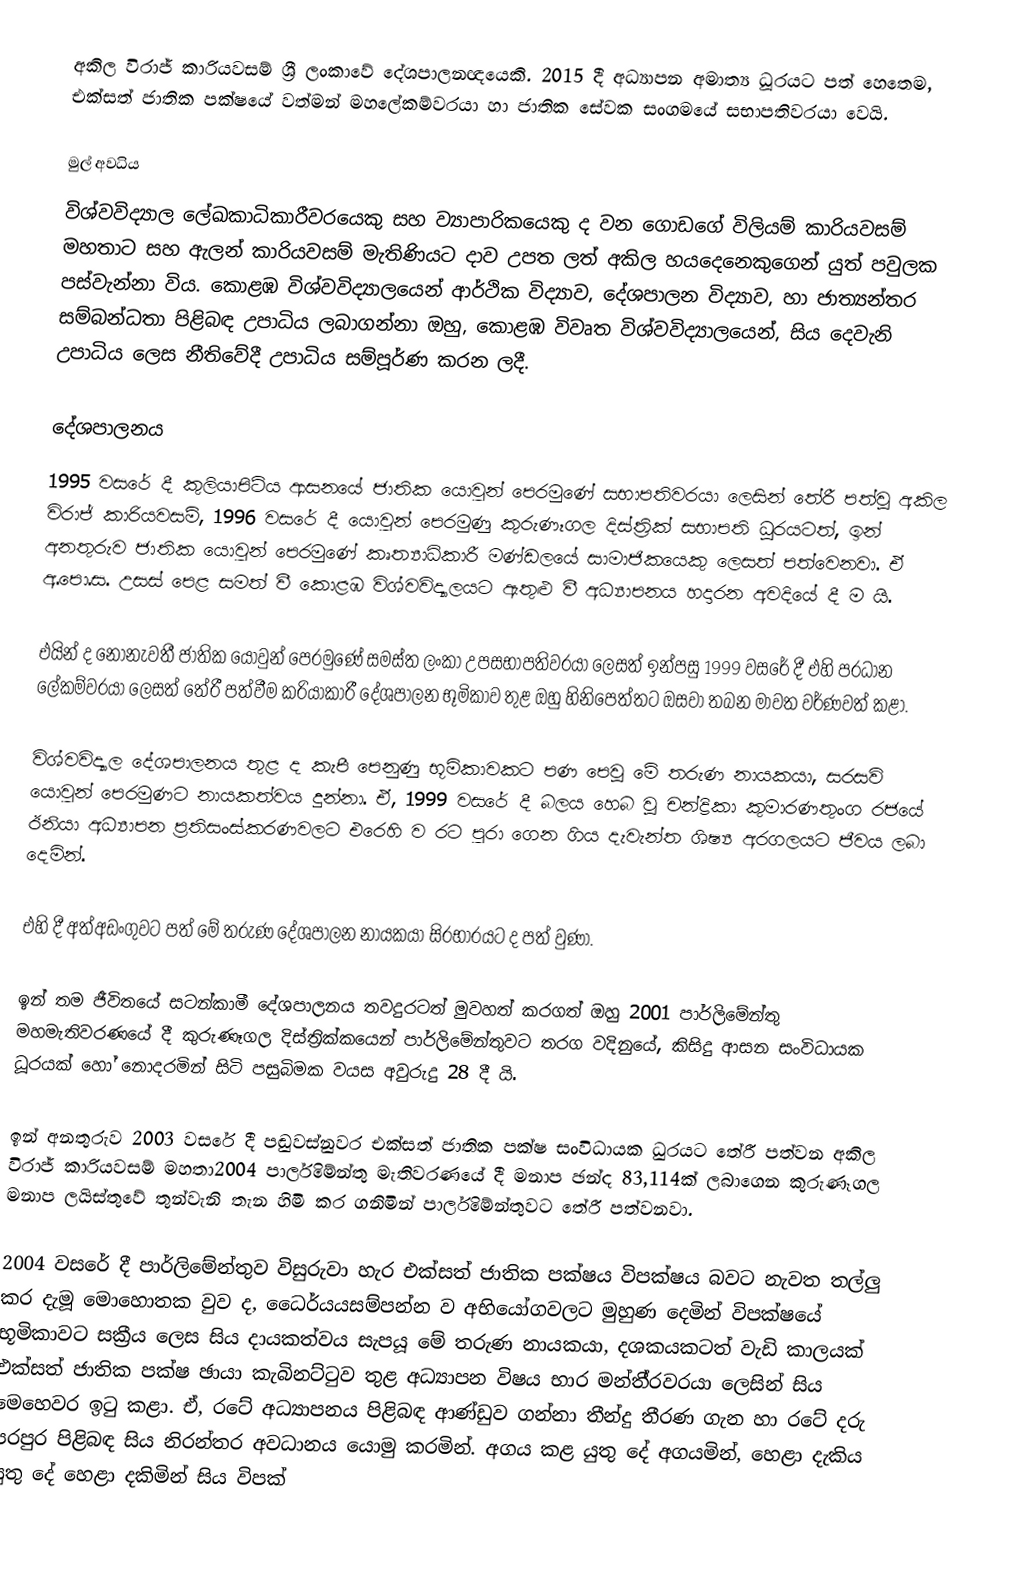
අකිල විරාජ් කාරියවසම් ශ්‍රී ලංකාවේ දේශපාලනඥයෙකි. 2015 දී අධ්‍යාපන අමාත්‍ය ධූරයට පත් හෙතෙම, එක්සත් ජාතික පක්ෂයේ වත්මන් මහලේකම්වරයා හා ජාතික සේවක සංගමයේ සභාපතිවරයා වෙයි.

මුල් අවධිය
විශ්වවිද්‍යාල ලේඛකාධිකාරීවරයෙකු සහ ව්‍යාපාරිකයෙකු ද වන ගොඩගේ විලියම් කාරියවසම් මහතාට සහ ඇලන් කාරියවසම් මැතිණියට දාව උපත ලත් අකිල හයදෙනෙකුගෙන් යුත් පවුලක පස්වැන්නා විය. කොළඹ විශ්වවිද්‍යාලයෙන් ආර්ථික විද්‍යාව, දේශපාලන විද්‍යාව, හා ජාත්‍යන්තර සම්බන්ධතා පිළිබඳ උපාධිය ලබාගන්නා ඔහු, කොළඹ විවෘත විශ්වවිද්‍යාලයෙන්, සිය දෙවැනි උපාධිය ලෙස නීතිවේදී උපාධිය සම්පූර්ණ කරන ලදී.

දේශපාලනය
1995 වසරේ දී කුලියාපිටිය ආසනයේ ජාතික යොවුන් පෙරමුණේ සභාපතිවරයා ලෙසින් තේරී පත්වූ අකිල විරාජ් කාරියවසම්, 1996 වසරේ දී යොවුන් පෙරමුණු කුරුණෑගල දිස්ත‍්‍රික් සභාපති ධූරයටත්, ඉන් අනතුරුව ජාතික යොවුන් පෙරමුණේ කෘත්‍යාධිකාරී මණ්ඩලයේ සාමාජිකයෙකු ලෙසත් පත්වෙනවා. ඒ අ.පො.ස. උසස් පෙළ සමත් වී කොළඹ විශ්වවිද්‍යාලයට ඇතුළු වී අධ්‍යාපනය හදාරන අවදියේ දී ම යි.

එයින් ද නොනැවතී ජාතික යොවුන් පෙරමුණේ සමස්ත ලංකා උපසභාපතිවරයා ලෙසත් ඉන්පසු 1999 වසරේ දී එහි ප‍්‍රධාන ලේකම්වරයා ලෙසත් තේරී පත්වීම ක‍්‍රියාකාරී දේශපාලන භූමිකාව තුළ ඔහු හිනිපෙත්තට ඔසවා තබන මාවත වර්ණවත් කළා.

විශ්වවිද්‍යාල දේශපාලනය තුළ ද කැපී පෙනුණු භූමිකාවකට පණ පෙවූ මේ තරුණ නායකයා, සරසවි යොවුන් පෙරමුණට නායකත්වය දුන්නා. ඒ, 1999 වසරේ දී බලය හෙබ වූ චන්ද්‍රිකා කුමාරණතුංග රජයේ ඊනියා අධ්‍යාපන ප‍්‍රතිසංස්කරණවලට එරෙහි ව රට පුරා ගෙන ගිය දැවැන්ත ශිෂ්‍ය අරගලයට ජීවය ලබා දෙමින්.

එහි දී අත්අඩංගුවට පත් මේ තරුණ දේශපාලන නායකයා සිරභාරයට ද පත් වුණා.

ඉන් තම ජීවිතයේ සටන්කාමී දේශපාලනය තවදුරටත් මුවහත් කරගත් ඔහු 2001 පාර්ලිමේන්තු මහමැතිවරණයේ දී කුරුණෑගල දිස්ත‍්‍රික්කයෙන් පාර්ලිමේන්තුවට තරග වදිනුයේ, කිසිදු ආසන සංවිධායක ධූරයක් හෝ නොදරමින් සිටි පසුබිමක වයස අවුරුදු 28 දී යි.

ඉන් අනතුරුව 2003 වසරේ දී පඬුවස්නුවර එක්සත් ජාතික පක්ෂ සංවිධායක ධුරයට තේරී පත්වන අකිල විරාජ් කාරියවසම් මහතා2004 පාර්ලිමේන්තු මැතිවරණයේ දී මනාප ඡන්ද 83,114ක් ලබාගෙන කුරුණෑගල මනාප ලයිස්තුවේ තුන්වැනි තැන හිමි කර ගනිමින් පාර්ලිමේන්තුවට තේරී පත්වනවා.

2004 වසරේ දී පාර්ලිමේන්තුව විසුරුවා හැර එක්සත් ජාතික පක්ෂය විපක්ෂය බවට නැවත තල්ලු කර දැමූ මොහොතක වුව ද, ධෛර්යයසම්පන්න ව අභියෝගවලට මුහුණ දෙමින් විපක්ෂයේ භූමිකාවට සක්‍රීය ලෙස සිය දායකත්වය සැපයූ මේ තරුණ නායකයා, දශකයකටත් වැඩි කාලයක් එක්සත් ජාතික පක්ෂ ඡායා කැබිනට්ටුව තුළ අධ්‍යාපන විෂය භාර මන්තී‍්‍රවරයා ලෙසින් සිය මෙහෙවර ඉටු කළා. ඒ, රටේ අධ්‍යාපනය පිළිබඳ ආණ්ඩුව ගන්නා තීන්දු තීරණ ගැන හා රටේ දරු පරපුර පිළිබඳ සිය නිරන්තර අවධානය යොමු කරමින්. අගය කළ යුතු දේ අගයමින්, හෙළා දැකිය යුතු දේ හෙළා දකිමින් සිය විපක්